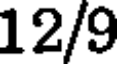
12/9